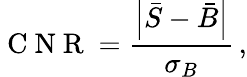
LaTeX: \mathrm{~C~N~R~}=\frac{\left|\bar{S}-\bar{B}\right|}{\sigma_{B}}\, ,